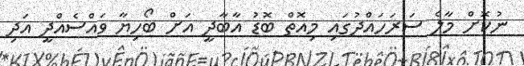
ނުކޮށް މާލެ ސަރަހައްދުގައި މިއޮތް ބޮޑު އާބާދީ އަށް ބޯހިޔާ ވައްސެއްދީ އަދި